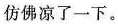
仿佛凉了一下。